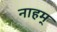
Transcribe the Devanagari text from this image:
नाहम्